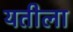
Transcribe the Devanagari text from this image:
यतीला